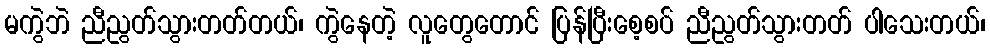
မကွဲဘဲ ညီညွတ်သွားတတ်တယ်၊ ကွဲနေတဲ့ လူတွေတောင် ပြန်ပြီးစေ့စပ် ညီညွတ်သွားတတ် ပါသေးတယ်၊